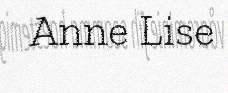
Anne Lise